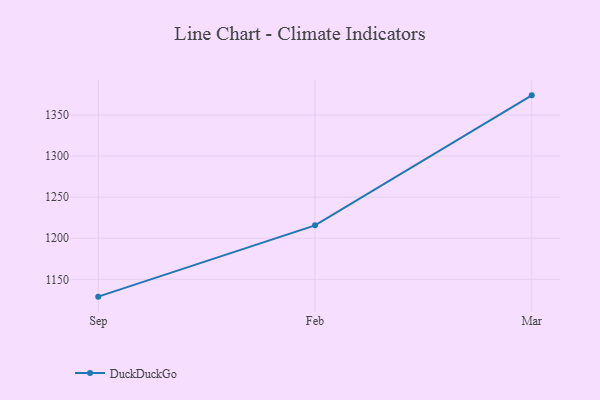
{"axis": {"x": "Month", "y": "Temperature (°C)"}, "legend": ["DuckDuckGo"], "data": [{"x": "Sep", "y": 1128.9, "type": "DuckDuckGo"}, {"x": "Feb", "y": 1215.7, "type": "DuckDuckGo"}, {"x": "Mar", "y": 1373.9, "type": "DuckDuckGo"}]}